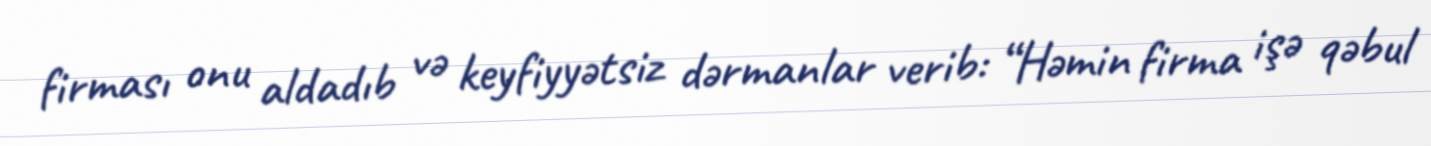
firması onu aldadıb və keyfiyyətsiz dərmanlar verib: “Həmin firma işə qəbul